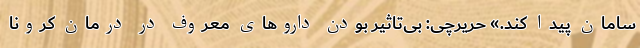
سامان پیدا کند.» حریرچی: بی‌تاثیر بودن دارو‌های معروف در درمان کرونا